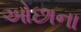
ઓછાના